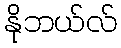
နိုဘယ်လ်